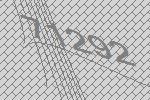
71292